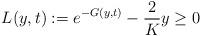
LaTeX: \begin{align*}L(y,t):=e^{-G(y,t)}-\frac{2}{K}y\geq 0\end{align*}